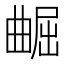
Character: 𫵢